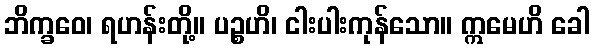
ဘိက္ခဝေ၊ ရဟန်းတို့။ ပဉ္စဟိ၊ ငါးပါးကုန်သော။ ဣမေဟိ ခေါ